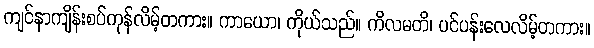
ကျင်နာကျိန်းစပ်ကုန်လိမ့်တကား။ ကာယော၊ ကိုယ်သည်။ ကိလမတိ၊ ပင်ပန်းလေလိမ့်တကား။